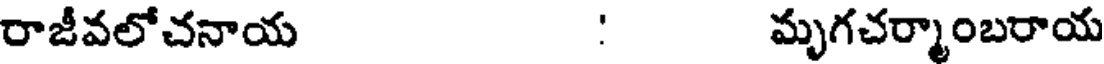
రాజీవలోచనాయ : మృగచర్మాంబరాయ